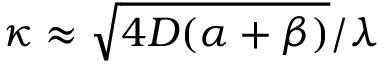
\kappa \approx \sqrt { 4 D ( \alpha + \beta ) } / \lambda